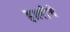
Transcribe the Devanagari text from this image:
हालीचे